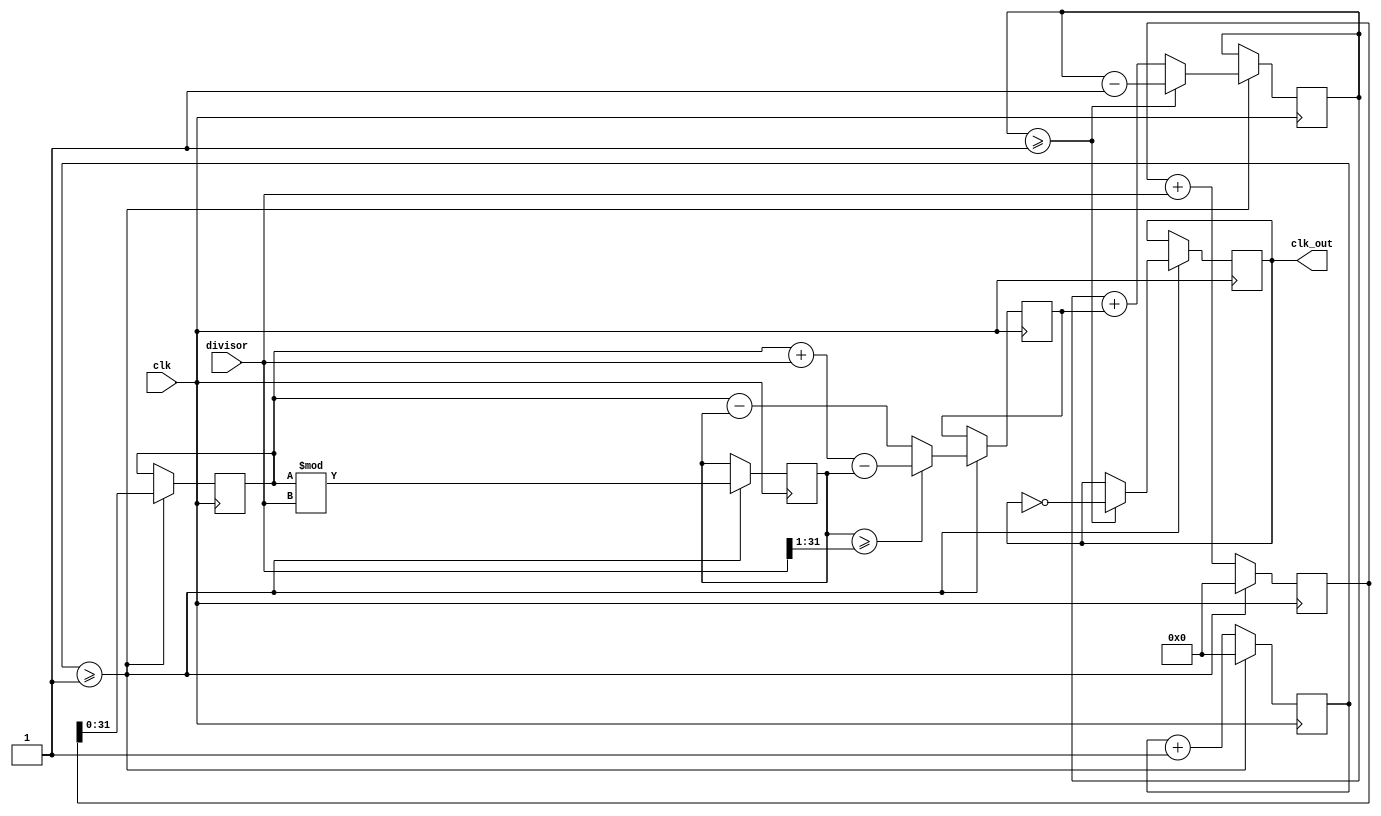
module floating_point_clock_divider (
    input wire clk,
    input wire [31:0] divisor,
    output wire clk_out
);

reg [63:0] counter;
reg [63:0] accumulator;
reg [63:0] partial_sum;
reg [31:0] fraction_bits;
reg [31:0] dividend;
reg [31:0] remainder;
reg [31:0] rounded_divisor;

always @(posedge clk) begin
    counter <= counter + 64'b1;
    partial_sum <= partial_sum + divisor;

    if (counter >= 63'b1) begin
        fraction_bits <= partial_sum[63:32];
        dividend <= partial_sum[31:0];

        remainder <= dividend % divisor;
        rounded_divisor <= (remainder >= divisor >> 1) ? dividend + divisor - remainder : dividend - remainder;

        accumulator <= accumulator + rounded_divisor;
        
        if (accumulator >= 64'b1) begin
            accumulator <= accumulator - 64'b1;
            clk_out <= ~clk_out;
        end
        
        counter <= 0;
        partial_sum <= 0;
    end
end

endmodule